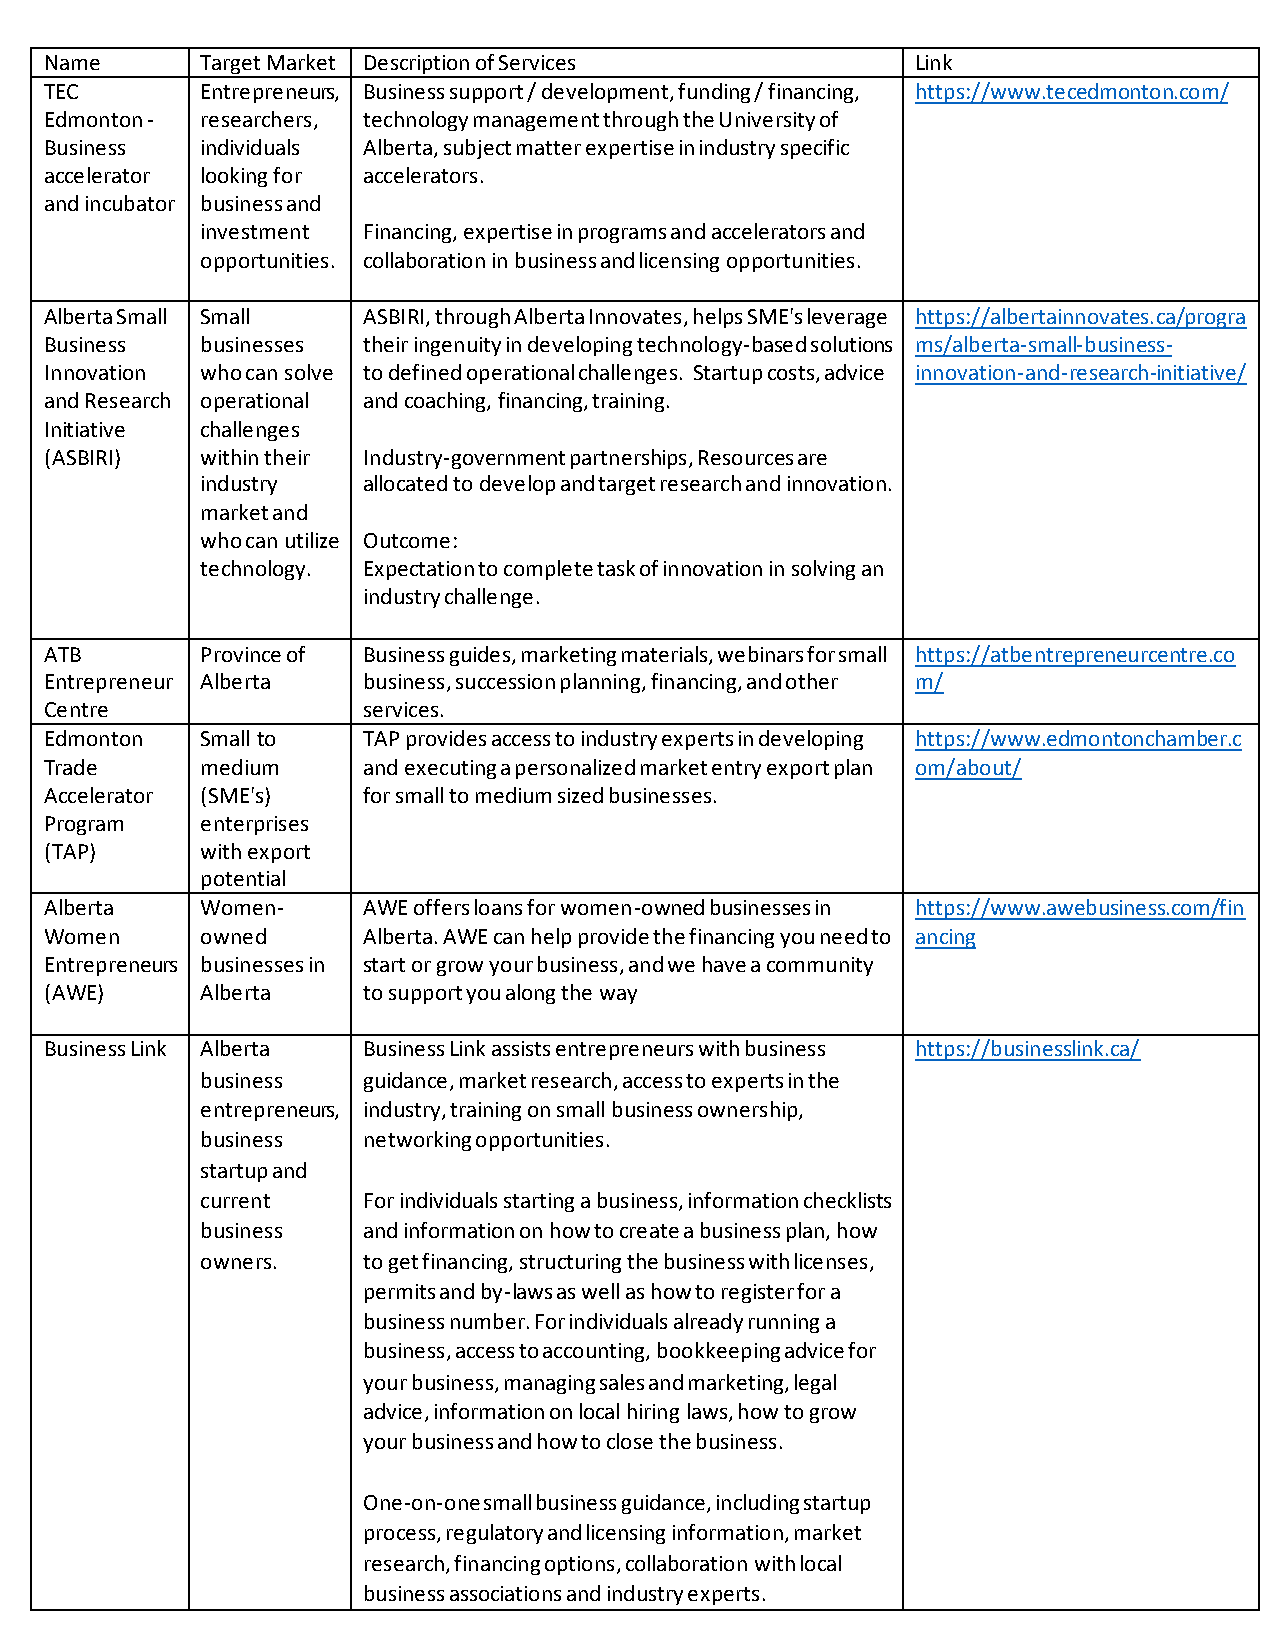
Name      Target Market Description of Services           Link
 TEC       Entrepreneurs, Business support / development, funding / financing, https://www.tecedmonton.com/
 Edmonton - researchers, technology management through the University of
 Business  individuals Alberta, subject matter expertise in industry specific
 accelerator looking for accelerators.
 and incubator business and
 investment Financing, expertise in programs and accelerators and
 opportunities. collaboration in business and licensing opportunities.
 Alberta Small Small  ASBIRI, through Alberta Innovates, helps SME's leverage https://albertainnovates.ca/progra
 Business  businesses their ingenuity in developing technology-based solutions ms/alberta-small-business-
 Innovation who can solve to defined operational challenges. Startup costs, advice innovation-and-research-initiative/
 and Research operational and coaching, financing, training.
 Initiative challenges
 (ASBIRI)  within their Industry-government partnerships, Resources are
 industry   allocated to develop and target research and innovation.
 market and
 who can utilize Outcome:
 technology. Expectation to complete task of innovation in solving an
 industry challenge.
 ATB       Province of Business guides, marketing materials, webinars for small https://atbentrepreneurcentre.co
 Entrepreneur Alberta business, succession planning, financing, and other m/
 Centre               services.
 Edmonton  Small to   TAP provides access to industry experts in developing https://www.edmontonchamber.c
 Trade     medium     and executing a personalized market entry export plan om/about/
 Accelerator (SME's)  for small to medium sized businesses.
 Program   enterprises
 (TAP)     with export
 potential
 Alberta   Women-     AWE offers loans for women-owned businesses in https://www.awebusiness.com/fin
 Women     owned      Alberta. AWE can help provide the financing you need to ancing
 Entrepreneurs businesses in start or grow your business, and we have a community
 (AWE)     Alberta    to support you along the way
 Business Link Alberta Business Link assists entrepreneurs with business https://businesslink.ca/
 business   guidance, market research, access to experts in the
 entrepreneurs, industry, training on small business ownership,
 business   networking opportunities.
 startup and
 current    For individuals starting a business, information checklists
 business   and information on how to create a business plan, how
 owners.    to get financing, structuring the business with licenses,
 permits and by-laws as well as how to register for a
 business number. For individuals already running a
 business, access to accounting, bookkeeping advice for
 your business, managing sales and marketing, legal
 advice, information on local hiring laws, how to grow
 your business and how to close the business.
 One-on-one small business guidance, including startup
 process, regulatory and licensing information, market
 research, financing options, collaboration with local
 business associations and industry experts.